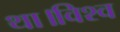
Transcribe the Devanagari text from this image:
था।विश्व